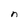
Character: n